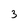
Character: 3